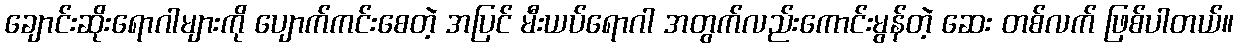
ချောင်းဆိုးရောဂါများကို ပျောက်ကင်းစေတဲ့ အပြင် မီးယပ်ရောဂါ အတွက်လည်းကောင်းမွန်တဲ့ ဆေး တစ်လက် ဖြစ်ပါတယ်။